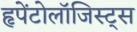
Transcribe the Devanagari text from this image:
हृपेंटोलॉजिस्ट्स